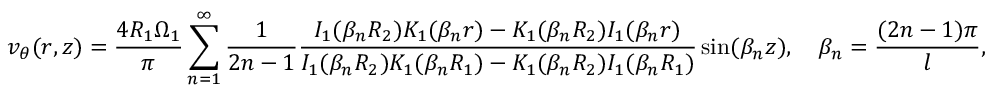
v _ { \theta } ( r , z ) = { \frac { 4 R _ { 1 } \Omega _ { 1 } } { \pi } } \sum _ { n = 1 } ^ { \infty } { \frac { 1 } { 2 n - 1 } } { \frac { I _ { 1 } ( \beta _ { n } R _ { 2 } ) K _ { 1 } ( \beta _ { n } r ) - K _ { 1 } ( \beta _ { n } R _ { 2 } ) I _ { 1 } ( \beta _ { n } r ) } { I _ { 1 } ( \beta _ { n } R _ { 2 } ) K _ { 1 } ( \beta _ { n } R _ { 1 } ) - K _ { 1 } ( \beta _ { n } R _ { 2 } ) I _ { 1 } ( \beta _ { n } R _ { 1 } ) } } \sin ( \beta _ { n } z ) , \quad \beta _ { n } = { \frac { ( 2 n - 1 ) \pi } { l } } ,